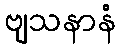
ဗျသနာနံ